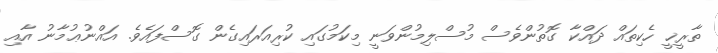
ތާރީޚީ ހެކިތައް ދައްކާ ގޮތުންވެސް މުސްލިމުންވަނީ މިކަމުގައި ކުރިއަރައިގެން ގޮސްފައެވެ. އައްނުޢުމާނު އާއި